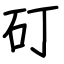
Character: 矴